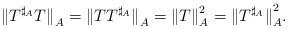
LaTeX: \begin{align*}{\|T^{\sharp_A} T\|}_A = {\|TT^{\sharp_A}\|}_A = {\|T\|}^2_A = {\|T^{\sharp_A}\|}^2_A.\end{align*}